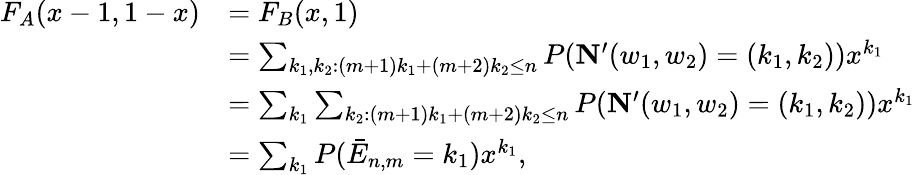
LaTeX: \begin{array}{rl}{F_{A}(x-1,1-x)}&{=F_{B}(x,1)}\\ &{=\sum_{k_{1},k_{2}:(m+1)k_{1}+(m+2)k_{2}\leq n}P({\mathbf{N}}^{\prime}(w_{1},w_{2})=(k_{1},k_{2}))x^{k_{1}}}\\ &{=\sum_{k_{1}}\sum_{k_{2}:(m+1)k_{1}+(m+2)k_{2}\leq n}P({\mathbf{N}}^{\prime}(w_{1},w_{2})=(k_{1},k_{2}))x^{k_{1}}}\\ &{=\sum_{k_{1}}P(\bar{E}_{n,m}=k_{1})x^{k_{1}},}\end{array}